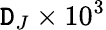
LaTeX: \mathtt{D}_{J}\times10^{3}